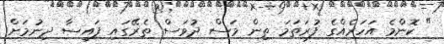
" ކޮންމެ އަހަރެއްގެ ފުރަތަމަ ތިން މަސް ދުވަސް ތެރޭގައި ފައިސާ ދިނުމަށް